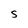
Character: 5